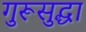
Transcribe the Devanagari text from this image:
गुरूसुद्धा